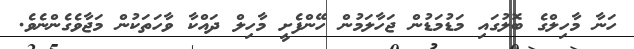
ހަނާ މާހިލްގެ ބޮލުގައި މަޑުމަޑުން ޖަހާލަމުން ހޭންފެށީ މާހިލް ދައްކާ ވާހަތަކުން މަޖާވެގެންނެވެ.